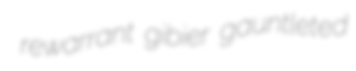
rewarrant gibier gauntleted